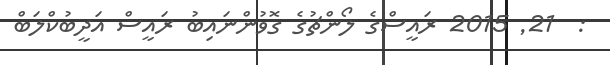
:  21